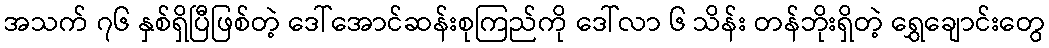
အသက် ၇၆ နှစ်ရှိပြီဖြစ်တဲ့ ဒေါ်အောင်ဆန်းစုကြည်ကို ဒေါ်လာ ၆ သိန်း တန်ဘိုးရှိတဲ့ ရွှေချောင်းတွေ